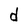
Character: d